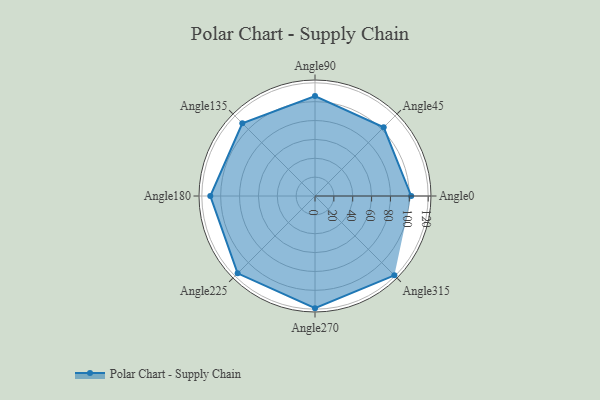
{"axis": {"x": "Angle", "y": "Radius"}, "legend": [""], "data": [{"x": "Angle0", "y": 102.0, "type": ""}, {"x": "Angle45", "y": 103.0, "type": ""}, {"x": "Angle90", "y": 106.0, "type": ""}, {"x": "Angle135", "y": 109.0, "type": ""}, {"x": "Angle180", "y": 111.0, "type": ""}, {"x": "Angle225", "y": 116.0, "type": ""}, {"x": "Angle270", "y": 119.0, "type": ""}, {"x": "Angle315", "y": 119.0, "type": ""}]}